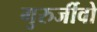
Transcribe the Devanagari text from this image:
गुरुर्जीवो